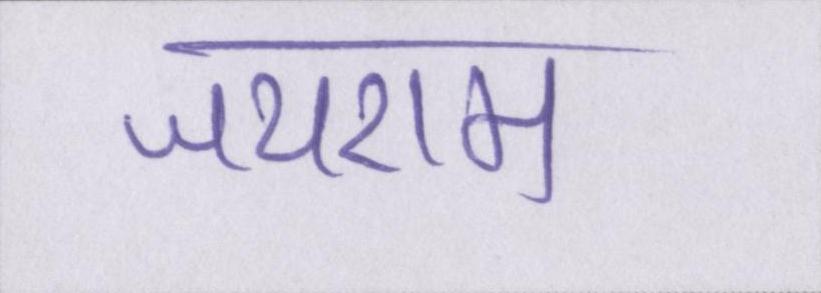
जयराम